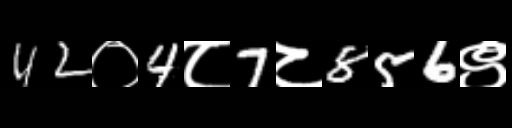
Text: 42०4८7८856९